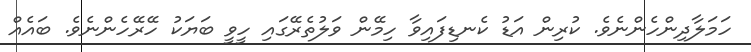
ހަމަލާދިންހެންނެވެ. ކުރިން އަޑު ކެނޑިފައިވާ ހިމޭން ވަލުތެރޭގައި ހީވީ ބަޔަކު ހޭރޭހެންނެވެ. ބައެއް